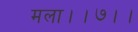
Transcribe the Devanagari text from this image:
मला।।७।।